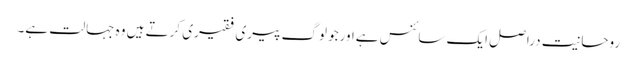
روحانیت دراصل ایک سائنس ہےاورجو لوگ پیری فقیری کرتے ہیں وہ جہالت ہے۔